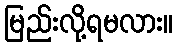
မြည်းလို့ရမလား။